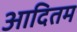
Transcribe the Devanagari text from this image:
आदितम